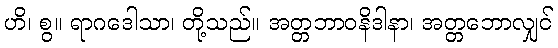
ဟိ၊ စွ။ ရာဂဒေါသာ၊ တို့သည်။ အတ္တဘာဝနိဒါနာ၊ အတ္တဘောလျှင်